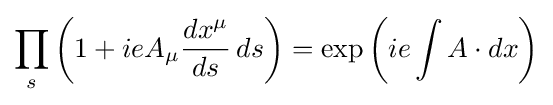
\prod _{s}\left(1+ieA_{\mu }{dx^{\mu } \over ds}\,ds\right)=\exp \left(ie\int A\cdot dx\right)